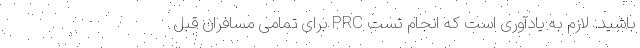
باشید. لازم به یادآوری است که انجام تست PRC برای تمامی مسافران قبل